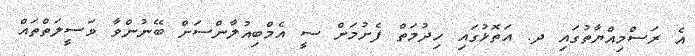
އެ ރަސްމިއްޔާތުގައި ދ. އަތޮޅުގައި ހިދުމަތް ފެށުމަށް ސީ އެމްބިއުލާންސަށް ބޭނުންވާ ވަސީލަތްތައް